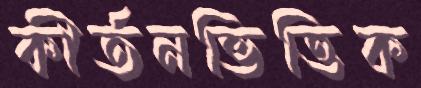
কীর্তনভিত্তিক